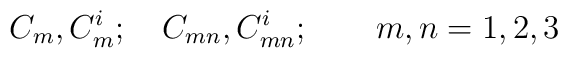
C_m,C_{m}^i;\ \ \ C_{mn},C_{mn}^i;\ \ \ \ \ \ m,n=1,2,3